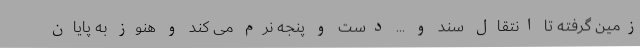
زمین گرفته تا انتقال سند و ... دست و پنجه نرم می کند و هنوز به پایان